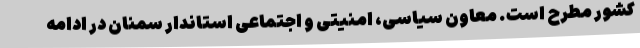
کشور مطرح است. معاون سیاسی، امنیتی و اجتماعی استاندار سمنان در ادامه